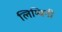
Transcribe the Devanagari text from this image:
लिम्बिनी